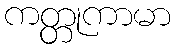
ကတ္တုကာမာ